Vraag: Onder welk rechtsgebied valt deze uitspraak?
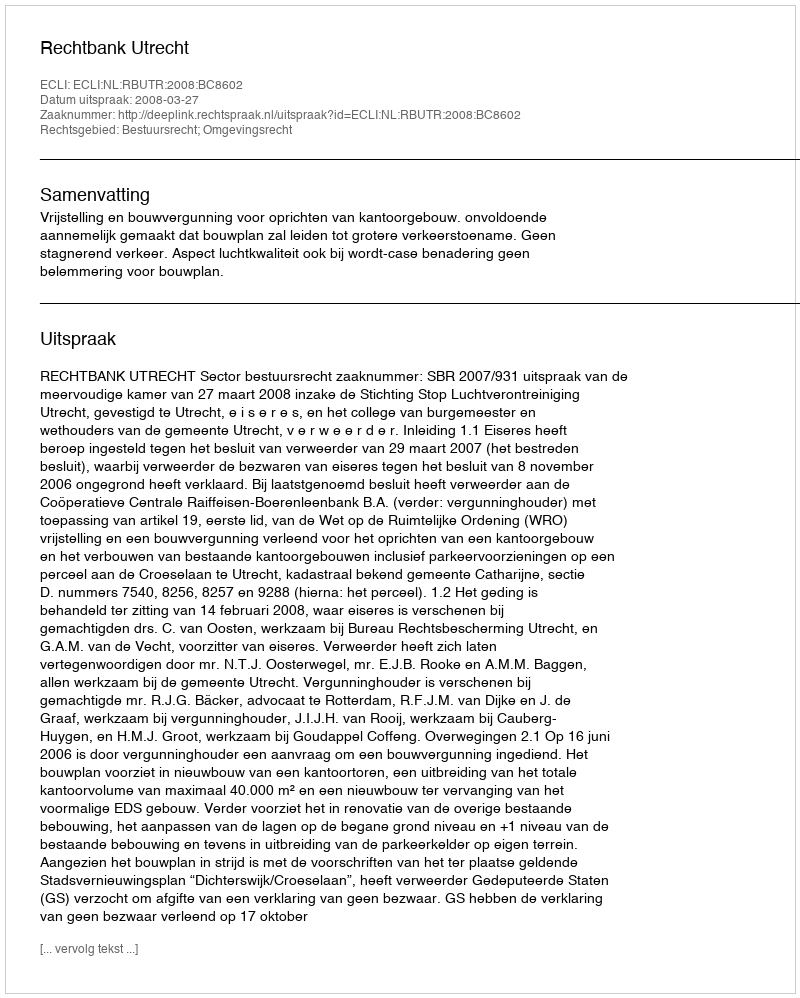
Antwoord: Bestuursrecht; Omgevingsrecht